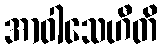
အာဝါသေဟီတိ